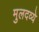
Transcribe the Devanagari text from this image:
मुलदव्ये